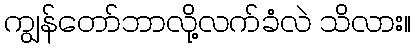
ကျွန်တော်ဘာလို့လက်ခံလဲ သိလား။